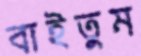
বাইতুম